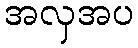
အလှအပ